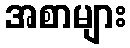
အစာများ